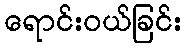
ရောင်းဝယ်ခြင်း